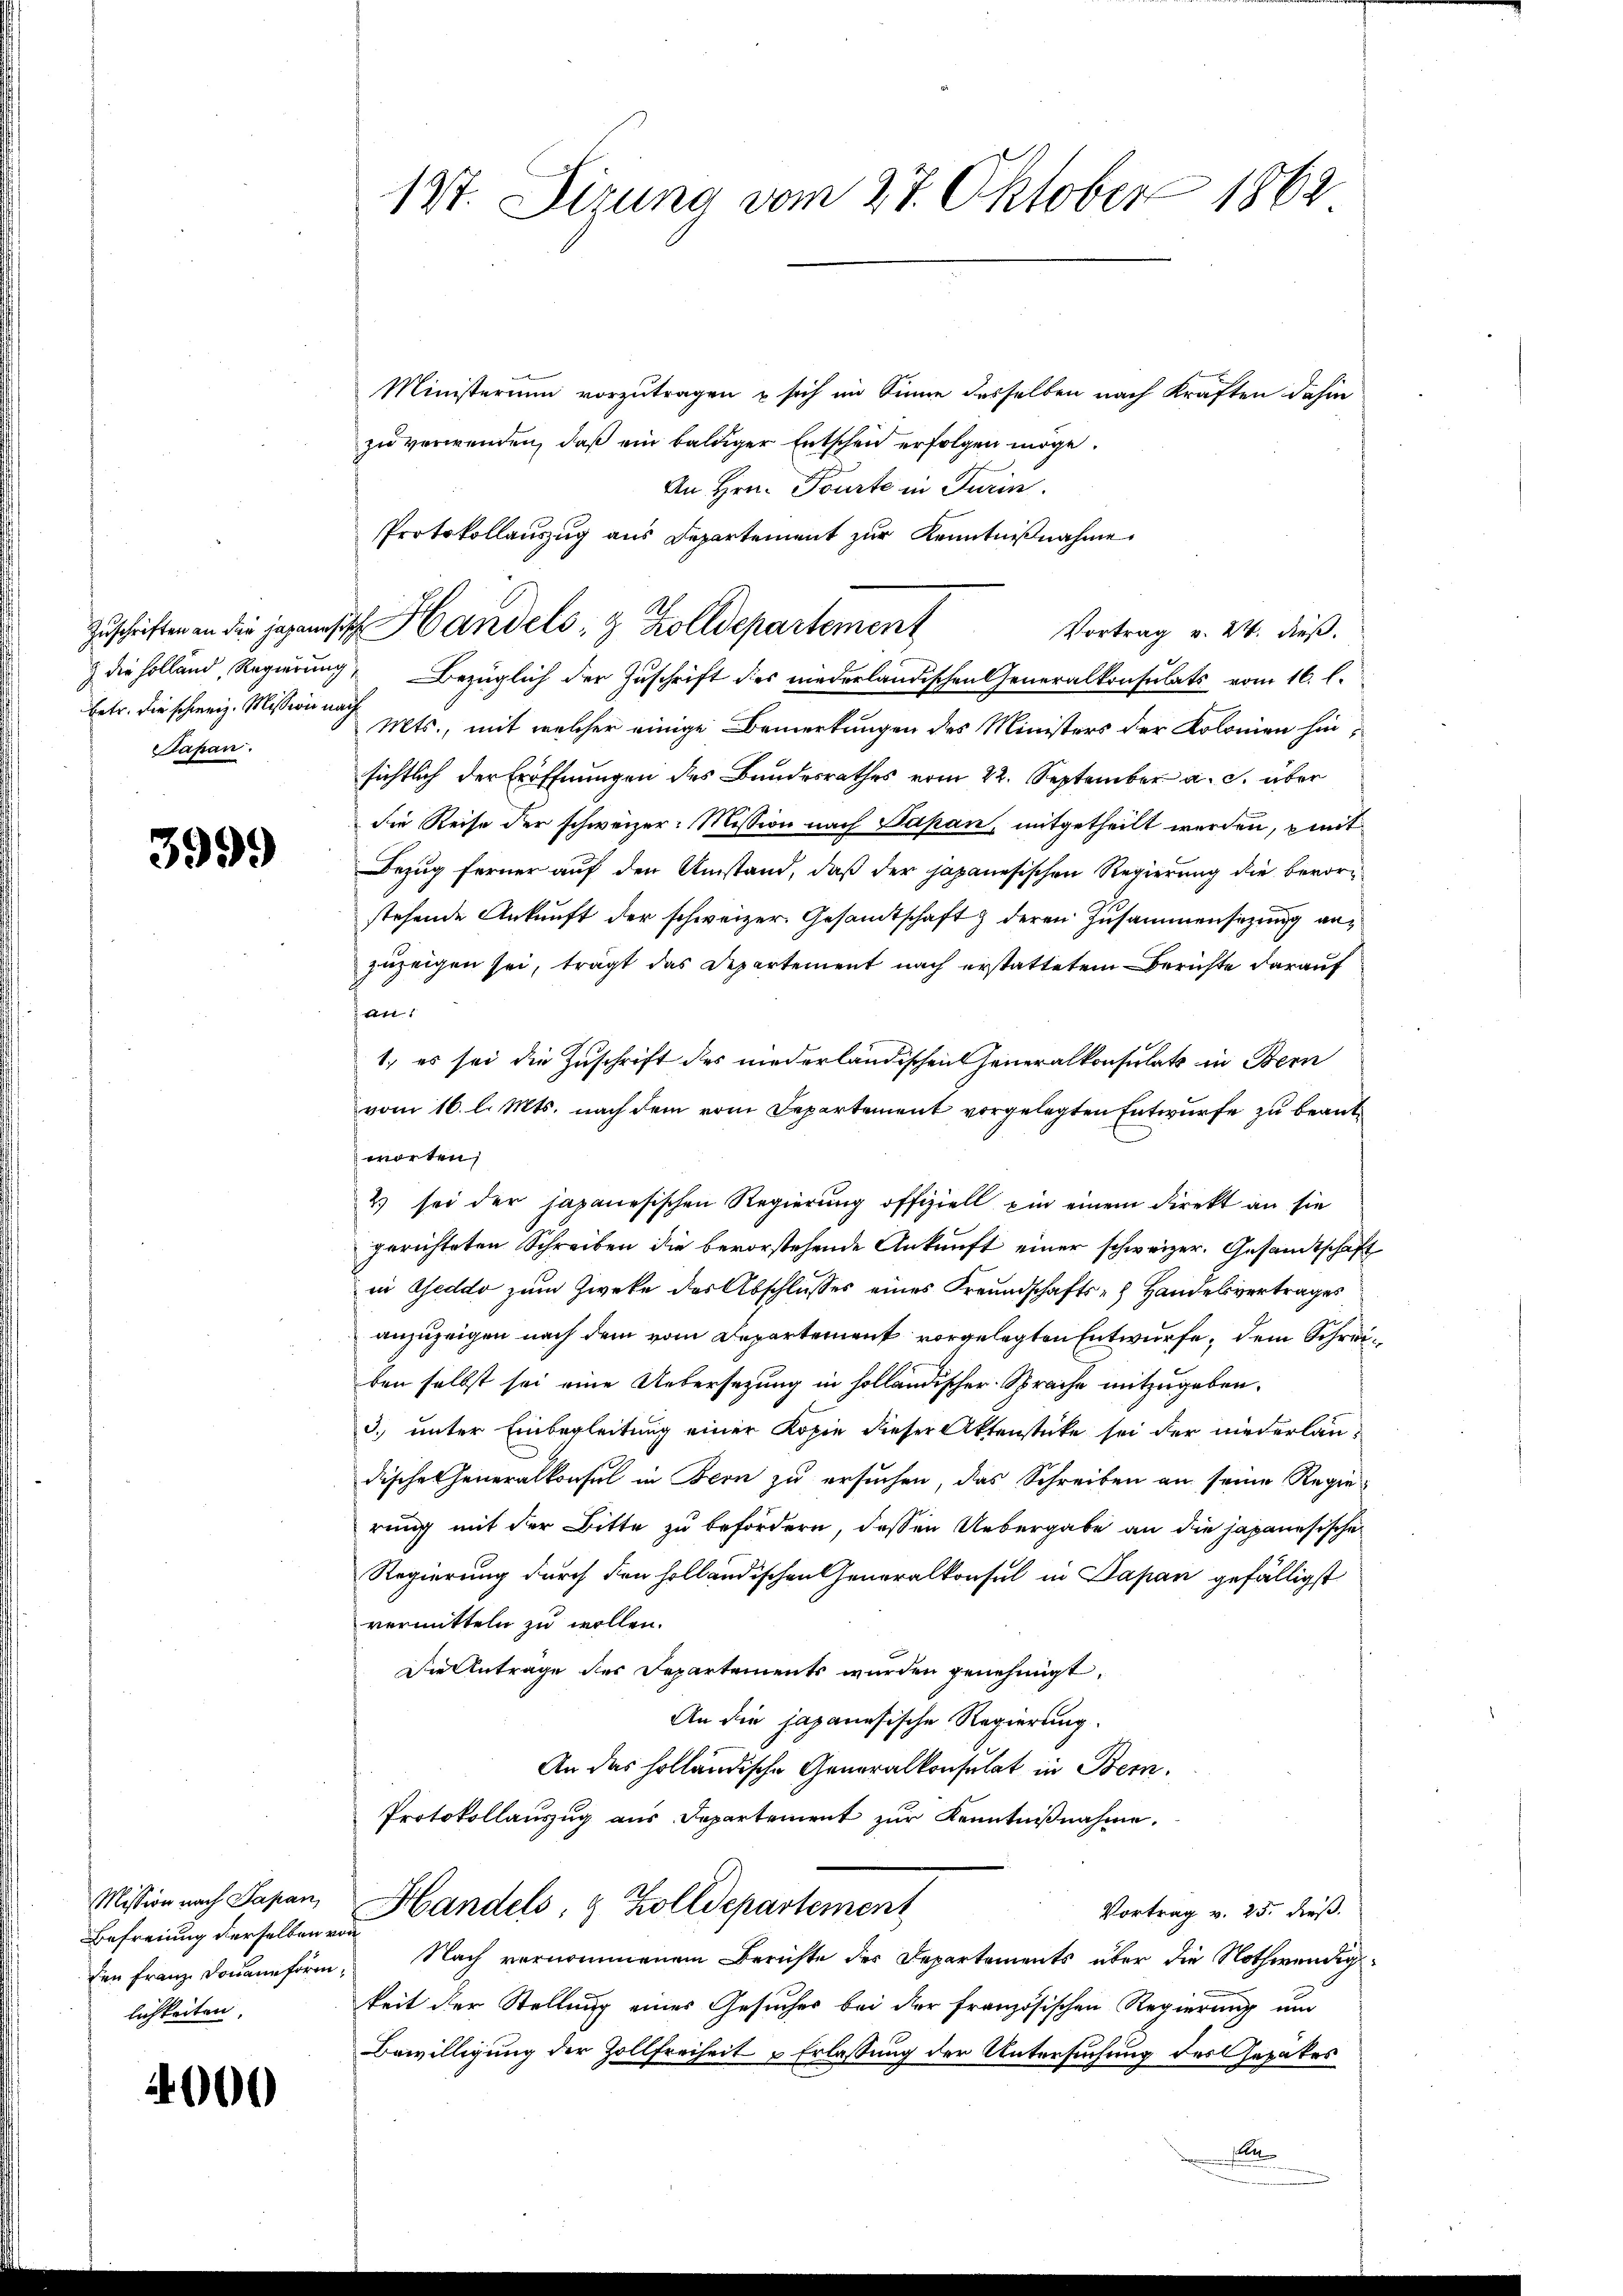
Zuschriften an die Japanis
 die Holland, Regierung
betr. die schweiz. Mission na
Papan.

3999

Mission nach Sapan,
Befreiung derselben
den Franz Douaneform
lichkeiten.

4000

187. Sizung vom 27. Oktober 1862

Ministerium vorzutragen u sich im Sinne desselben nach Kraften dahin
zu verwenden, daß ein baldiger Entschen erfolgen möge.
An Hrn. Pourte in Turin.
Protokollauszug aus Departement zur Kenntnißnahme.
Bezüglich der Zuschrift des niederländischen Generalkonsulats vom 16. l.
 Mts., mit welcher einige Bemerkungen des Ministers der Kolonien hinsichtlich der Eröffnungen des Bandesrathes vom 22. September a. c. über
die Reise der schweizer: Mission nach Papan, mitgetheilt werden, mit
Bezug ferner auf den Umstand, daß der japanesischen Regierung die bevorstehende Ankunft der schweizer. Gesandtschaft & deren Zusammensitzung anzuzeigen sei, trägt das Departement nach erstattetem Berichte darauf
Jan
1., es sei die Zuschrift des niederländischen Generalkonsulats in Bern
vom 16. l. Mts. nach dem vom Departement vorgelegten Entwurfe zu beantworten,
2) sei der japanesischen Regierung offiziell ein einem direkt an sie
gerichteten Schreiben die bevorstehende Ankunft einer schweizer. Gesandtschaft
in Geddo zŭm Zwecke der Abschlŭsses eines Freundschafts- Handelsvertrages
anzuzeigen nach dem vom Departement vorgelegten Entwurfe, dem Schreiben selbst sei eine Uebersetzung in holländischer Sprache mitzugeben.
3. unter Einbegleitung einer Kopie dieser Aktenstücke sei der niederlaudische Generalkonsul in Bern zu ersuchen, das Schreiben an seine Regierung mit der Bitte zu befördern, dessen Uebergabe an die japanesische
Regierung durch den holländischen Generalkonsul in Papan gefälligst
vermitteln zu wollen.
Die Antrage der Departements wurden genehmigt.
An die japanesische Regierung.
An das holländische Generalkonsulat in Bern.
Protokollauszug aus Departement zur Kenntnißnahme.
Handels, 9 Zolldepartement
Vortrag v. 25. dieß.
 Nach vernommenem Berichte des Departements über die Nothwendigkeit der Stellung eines Gesuches bei der französischen Regierung und
Bewilligung der Zollfreiheit Erlassung der Untersuchung des Gepakes
s

I. Handels- & Zolldepartement

Vortrag v. 24. dieß.